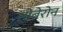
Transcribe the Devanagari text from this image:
सोबेरोन